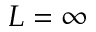
L = \infty